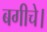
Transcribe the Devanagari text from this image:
बगीचे।